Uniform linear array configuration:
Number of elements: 12
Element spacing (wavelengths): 0.25
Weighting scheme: blackman
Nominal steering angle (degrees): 0
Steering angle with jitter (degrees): -1.706
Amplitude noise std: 0.05
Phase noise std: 0.05

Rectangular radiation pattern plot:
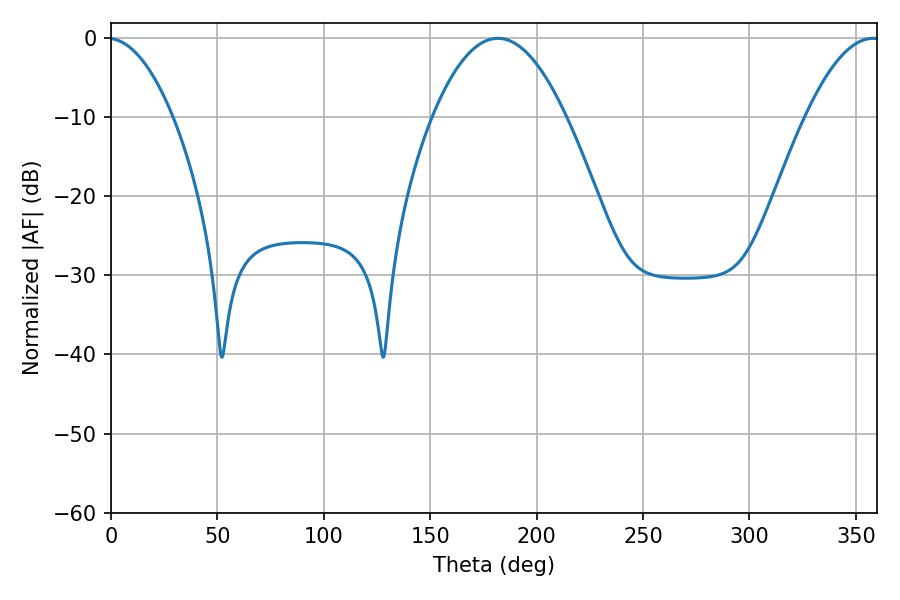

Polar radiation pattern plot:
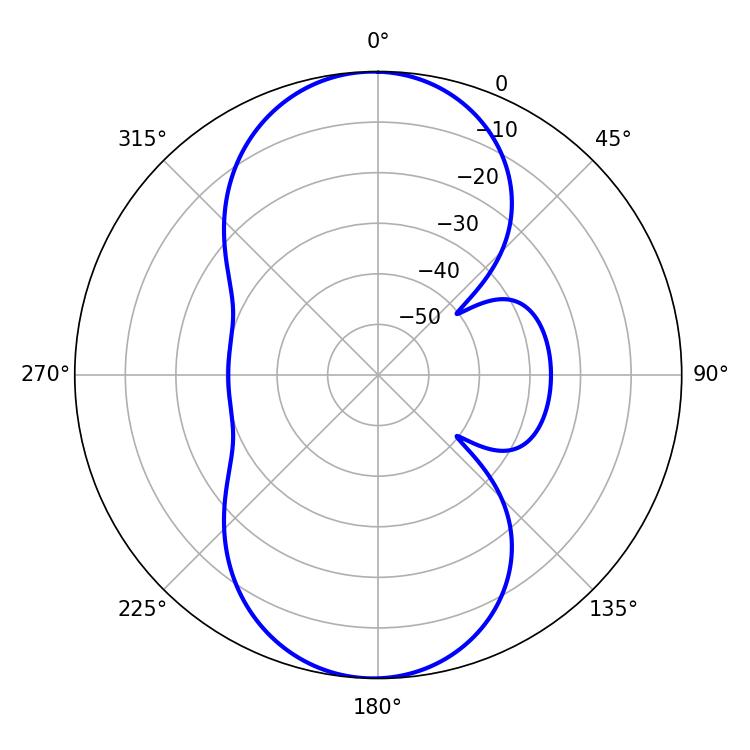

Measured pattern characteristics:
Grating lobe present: FALSE
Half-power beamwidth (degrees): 34.38
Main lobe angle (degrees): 181.8